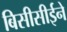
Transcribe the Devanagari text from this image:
बिसीसीईने